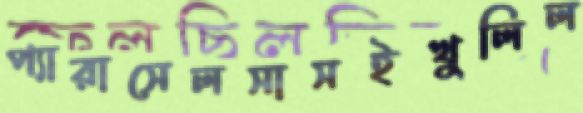
প্যারাসেলসাসইখুলিল